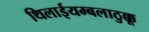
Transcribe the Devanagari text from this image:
थिलाईयम्बलाठुक्कू